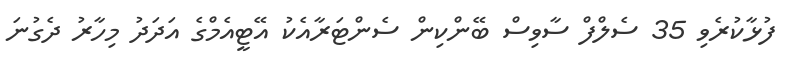
ފުޅާކުރެވި 35 ސެލްފް ސާވިސް ބޭންކިން ސެންޓަރާއެކު އޭޓީއެމްގެ އަދަދު މިހާރު ދެގުނަ